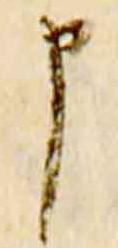
申